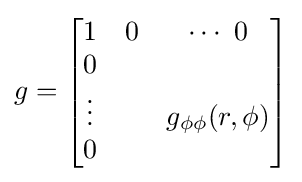
g={\begin{bmatrix}1&0&\cdots \ 0\\0&&\\\vdots &&g_{\phi \phi }(r,\phi )\\0&&\end{bmatrix}}